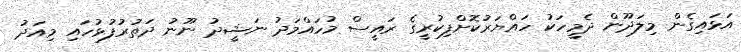
އަޅައިގެން މިލަދޫން ދެމީހަކު ހައްޔަރުކޮށްފިކުރީގެ ރައީސް މުހައްމަދު ނަޝީދު ނޫނު ދަތުރުފުޅުހައި މިއަދު